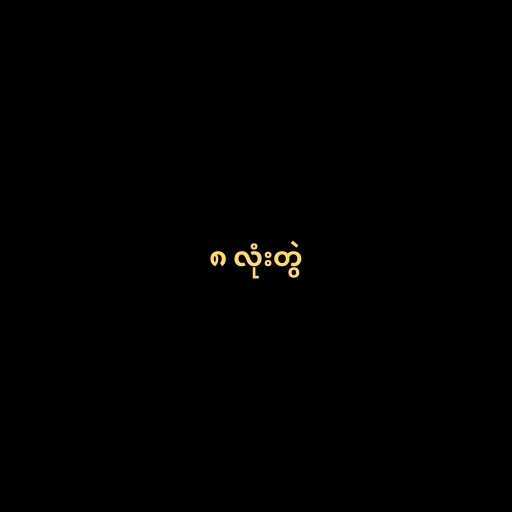
၈ လုံးတွဲ